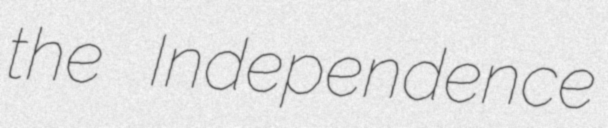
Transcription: the Independence